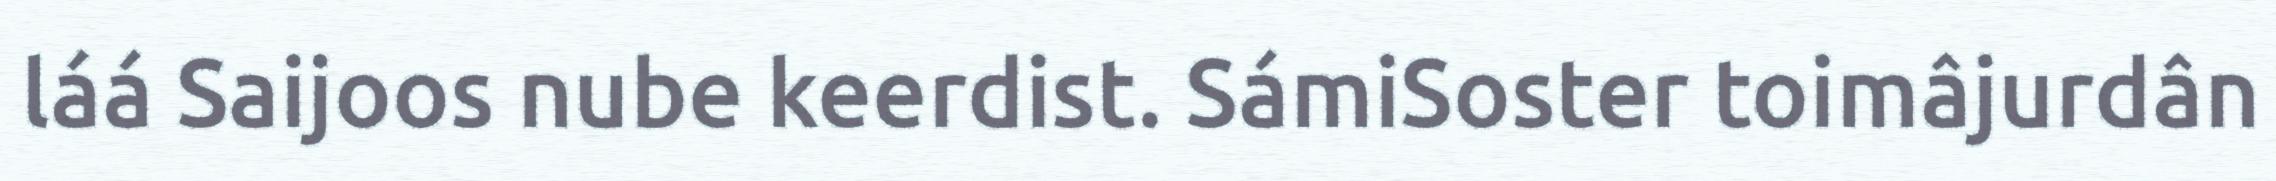
láá Saijoos nube keerdist. SámiSoster toimâjurdân